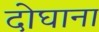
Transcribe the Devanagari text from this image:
दोघाना